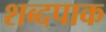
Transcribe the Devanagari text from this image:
शब्दपाक